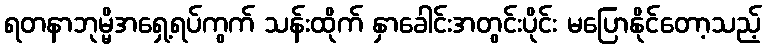
ရတနာဘုမ္မိအရှေ့ရပ်ကွက် သန်းထိုက် နှာခေါင်းအတွင်းပိုင်း မပြောနိုင်တော့သည့်